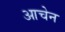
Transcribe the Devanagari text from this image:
आचेन